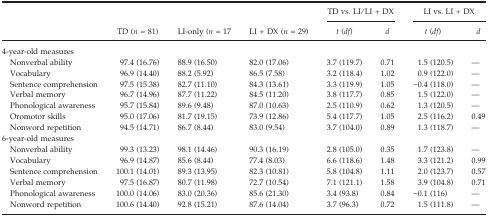
<table><thead><tr><td></td><td></td><td></td><td></td><td colspan="2"><b>TD vs. LI/LI + DX</b></td><td colspan="2"><b>LI vs. LI + DX</b></td></tr><tr><td></td><td><b>TD (<i>n</i>=81)</b></td><td><b>LI-only (<i>n</i>=17</b></td><td><b>LI + DX (<i>n</i>=29)</b></td><td><b><i>t</i> (<i>df</i>)</b></td><td><b><i>d</i></b></td><td><b><i>t</i> (<i>df</i>)</b></td><td><b><i>d</i></b></td></tr></thead><tbody><tr><td colspan="8">4-year-old measures</td></tr><tr><td>Nonverbal ability</td><td>97.4 (16.76)</td><td>88.9 (16.50)</td><td>82.0 (17.06)</td><td>3.7 (119.7)</td><td>0.71</td><td>1.5 (120.5)</td><td>—</td></tr><tr><td>Vocabulary</td><td>96.9 (14.40)</td><td>88.2 (5.92)</td><td>86.5 (7.58)</td><td>3.2 (118.4)</td><td>1.02</td><td>0.9 (122.0)</td><td>—</td></tr><tr><td>Sentence comprehension</td><td>97.5 (15.38)</td><td>82.7 (11.10)</td><td>84.3 (13.61)</td><td>3.3 (119.9)</td><td>1.05</td><td>−0.4 (118.0)</td><td>—</td></tr><tr><td>Verbal memory</td><td>96.7 (14.96)</td><td>87.7 (11.22)</td><td>84.5 (11.20)</td><td>3.8 (117.7)</td><td>0.85</td><td>1.5 (122.0)</td><td>—</td></tr><tr><td>Phonological awareness</td><td>95.7 (15.84)</td><td>89.6 (9.48)</td><td>87.0 (10.63)</td><td>2.5 (110.9)</td><td>0.62</td><td>1.3 (120.5)</td><td>—</td></tr><tr><td>Oromotor skills</td><td>95.0 (17.06)</td><td>81.7 (19.15)</td><td>73.9 (12.86)</td><td>5.4 (117.7)</td><td>1.05</td><td>2.5 (116.2)</td><td>0.49</td></tr><tr><td>Nonword repetition</td><td>94.5 (14.71)</td><td>86.7 (8.44)</td><td>83.0 (9.54)</td><td>3.7 (104.0)</td><td>0.89</td><td>1.3 (118.7)</td><td>—</td></tr><tr><td colspan="8">6-year-old measures</td></tr><tr><td>Nonverbal ability</td><td>99.3 (13.23)</td><td>98.1 (14.46)</td><td>90.3 (16.19)</td><td>2.8 (105.0)</td><td>0.35</td><td>1.7 (123.8)</td><td>—</td></tr><tr><td>Vocabulary</td><td>96.9 (14.87)</td><td>85.6 (8.44)</td><td>77.4 (8.03)</td><td>6.6 (118.6)</td><td>1.48</td><td>3.3 (121.2)</td><td>0.99</td></tr><tr><td>Sentence comprehension</td><td>100.1 (14.01)</td><td>89.3 (13.95)</td><td>82.3 (10.81)</td><td>5.8 (104.8)</td><td>1.11</td><td>2.0 (123.7)</td><td>0.57</td></tr><tr><td>Verbal memory</td><td>97.5 (16.87)</td><td>80.7 (11.98)</td><td>72.7 (10.54)</td><td>7.1 (121.1)</td><td>1.58</td><td>3.9 (104.8)</td><td>0.71</td></tr><tr><td>Phonological awareness</td><td>100.0 (14.06)</td><td>83.0 (20.36)</td><td>85.6 (21.30)</td><td>3.4 (93.8)</td><td>0.84</td><td>−0.1 (116)</td><td>—</td></tr><tr><td>Nonword repetition</td><td>100.6 (14.40)</td><td>92.8 (15.21)</td><td>87.6 (14.04)</td><td>3.7 (96.3)</td><td>0.72</td><td>1.5 (111.8)</td><td>—</td></tr></tbody></table>